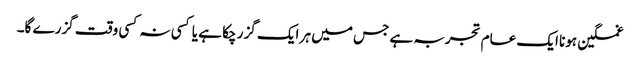
غمگین ہونا ایک عام تجربہ ہے جس میں ہر ایک گزر چکا ہے یا کسی نہ کسی وقت گزرے گا۔